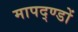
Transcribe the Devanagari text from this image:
मापद्ण्डों